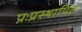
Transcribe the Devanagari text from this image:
प्नःप्रस्थापित